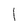
Character: l